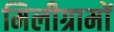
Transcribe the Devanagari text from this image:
मिलीग्रामों